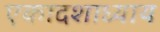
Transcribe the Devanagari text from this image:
एकादशाध्याय